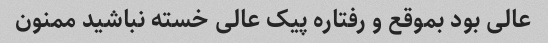
عالی بود بموقع و رفتاره پیک عالی خسته نباشید ممنون